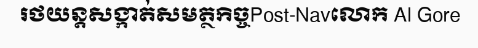
រថយន្តសង្កាត់សមត្ថកិច្ចPost-Navលោក Al Gore